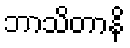
ဘာသိတာနိ